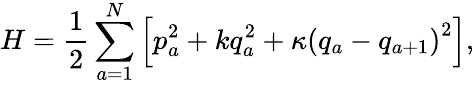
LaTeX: H=\frac{1}{2}\sum_{a=1}^{N}\left[p_{a}^{2}+kq_{a}^{2}+\kappa\left(q_{a}-q_{a+1}\right)^{2}\right],